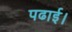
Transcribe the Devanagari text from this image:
पढाई।